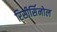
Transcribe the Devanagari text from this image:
रिसीर्सिनोल